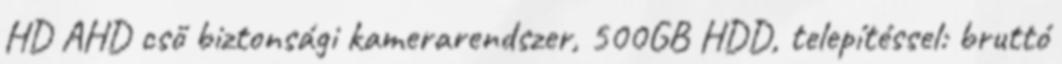
HD AHD cső biztonsági kamerarendszer, 500GB HDD, telepítéssel: bruttó